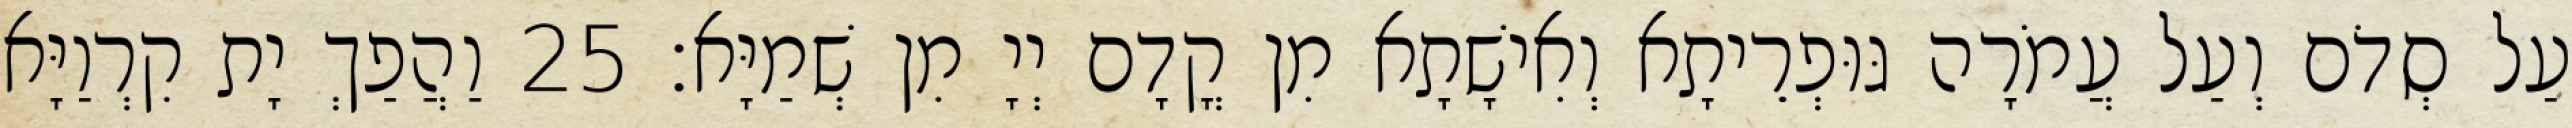
עַל סְדֹם וְעַל עֲמֹרָה גּוּפְרֵיתָא וְאִישָׁתָא מִן קֳדָם יְיָ מִן שְׁמַיָּא׃ 25 וַהֲפַךְ יָת קִרְוַיָּא